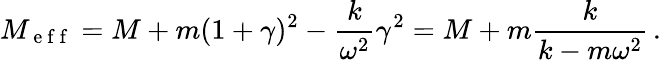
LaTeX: M_{\mathrm{~e~f~f~}}=M+m(1+\gamma)^{2}-\frac{k}{\omega^{2}}\gamma^{2}=M+m\frac{k}{k-m\omega^{2}}\, .